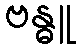
ဗန္ဓူ